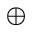
\bigoplus